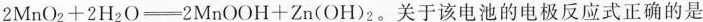
$$2 M n O _ { 2 } + 2 H _ { 2 } O \xlongequal [ ] { } 2 M n O O H + Z n ( O H ) _ { 2 }。关于该电池的电极反应式正确的是